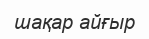
шақар айғыр